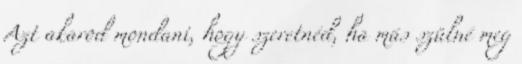
Azt akarod mondani, hogy szeretnéd, ha más szülné meg